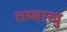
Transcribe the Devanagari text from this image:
तम्बाखु